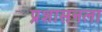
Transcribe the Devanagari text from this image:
प्रशासनला